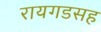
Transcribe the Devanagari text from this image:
रायगडसह